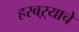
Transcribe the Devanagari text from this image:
हरबऱ्याचे